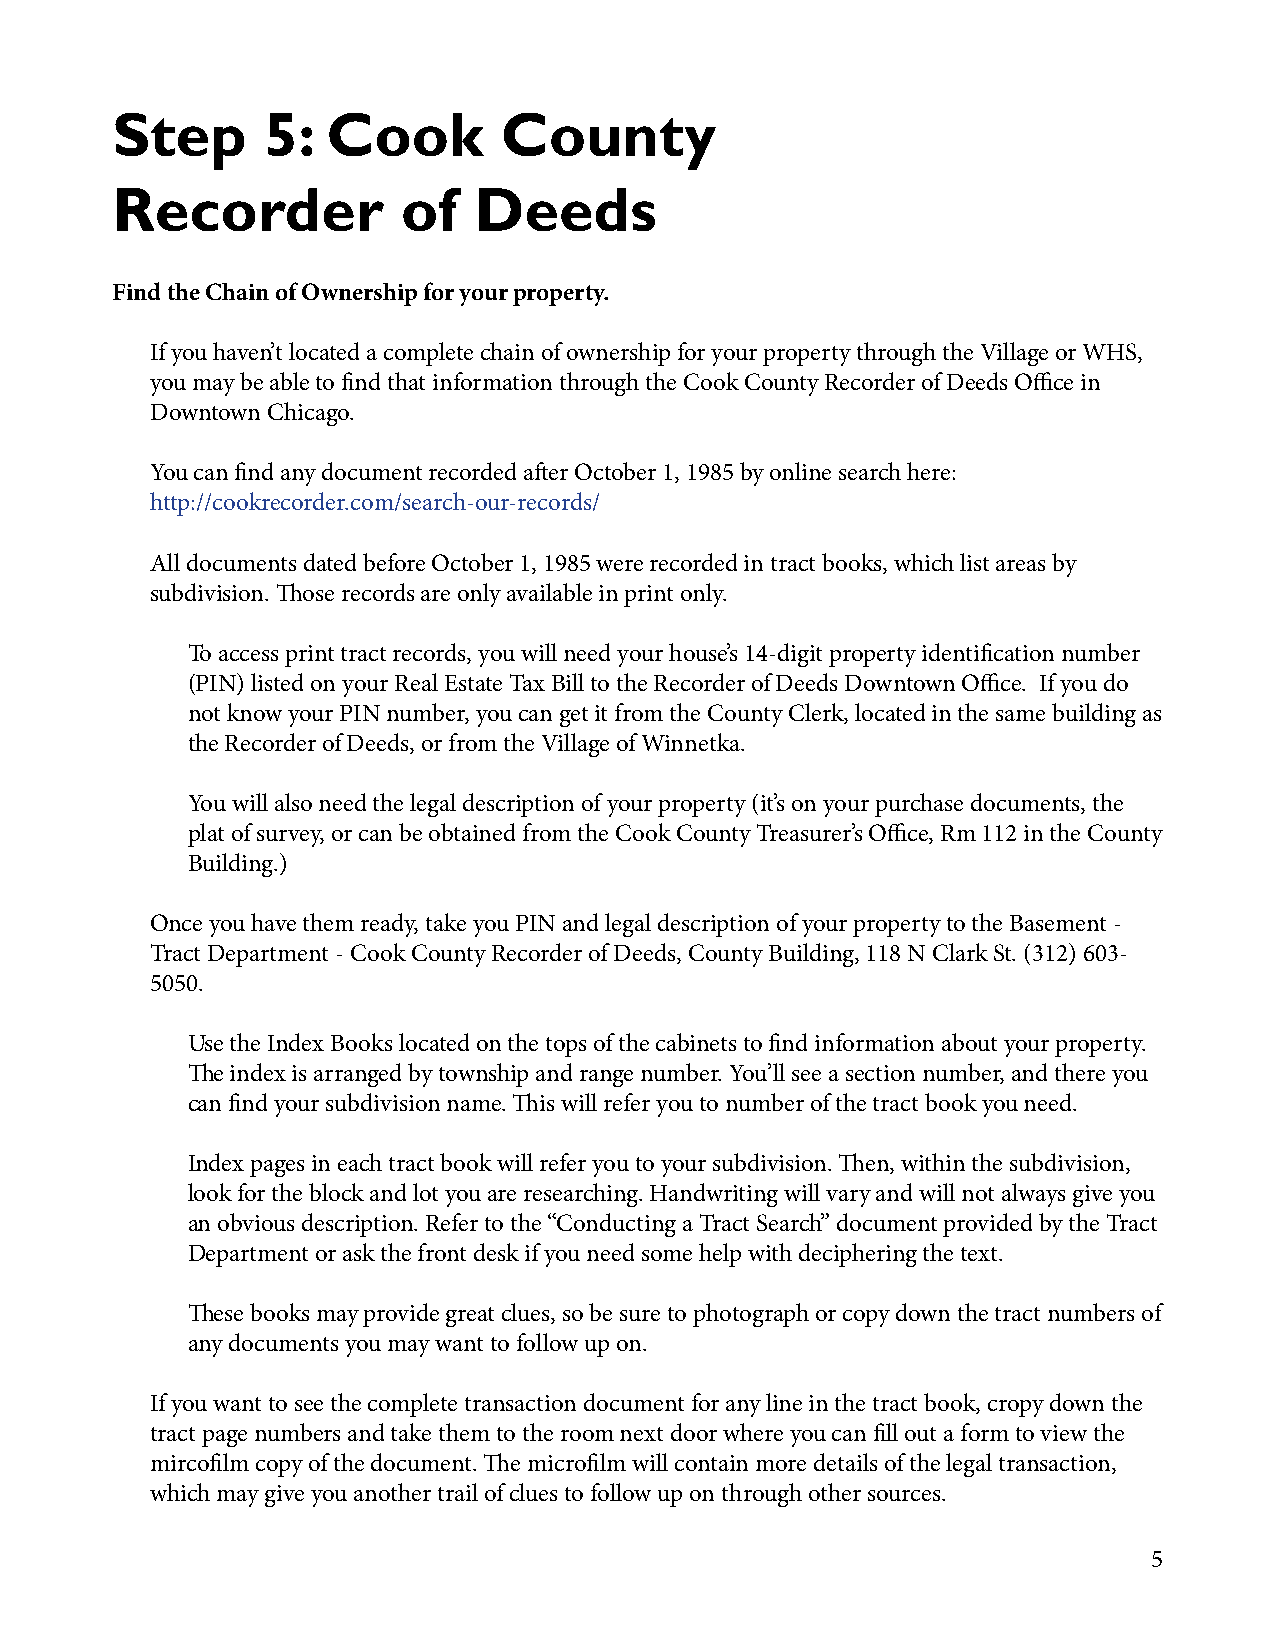
Step      5:   Cook       County
 Recorder            of  Deeds
 Find the Chain of Ownership for your property.
 If you haven’t located a complete chain of ownership for your property through the Village or WHS,
 you may be able to find that information through the Cook County Recorder of Deeds Office in
 Downtown Chicago.
 You can find any document recorded after October 1, 1985 by online search here:
 http://cookrecorder.com/search-our-records/
 All documents dated before October 1, 1985 were recorded in tract books, which list areas by
 subdivision. Those records are only available in print only.
 To access print tract records, you will need your house’s 14-digit property identification number
 (PIN) listed on your Real Estate Tax Bill to the Recorder of Deeds Downtown Office. If you do
 not know your PIN number, you can get it from the County Clerk, located in the same building as
 the Recorder of Deeds, or from the Village of Winnetka.
 You will also need the legal description of your property (it’s on your purchase documents, the
 plat of survey, or can be obtained from the Cook County Treasurer’s Office, Rm 112 in the County
 Building.)
 Once you have them ready, take you PIN and legal description of your property to the Basement -
 Tract Department - Cook County Recorder of Deeds, County Building, 118 N Clark St. (312) 603-
 5050.
 Use the Index Books located on the tops of the cabinets to find information about your property.
 The index is arranged by township and range number. You’ll see a section number, and there you
 can find your subdivision name. This will refer you to number of the tract book you need.
 Index pages in each tract book will refer you to your subdivision. Then, within the subdivision,
 look for the block and lot you are researching. Handwriting will vary and will not always give you
 an obvious description. Refer to the “Conducting a Tract Search” document provided by the Tract
 Department or ask the front desk if you need some help with deciphering the text.
 These books may provide great clues, so be sure to photograph or copy down the tract numbers of
 any documents you may want to follow up on.
 If you want to see the complete transaction document for any line in the tract book, cropy down the
 tract page numbers and take them to the room next door where you can fill out a form to view the
 mircofilm copy of the document. The microfilm will contain more details of the legal transaction,
 which may give you another trail of clues to follow up on through other sources.
 5